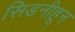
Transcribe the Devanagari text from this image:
सिडनीहून